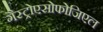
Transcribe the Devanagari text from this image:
गैस्ट्रोएसोफोजिएल